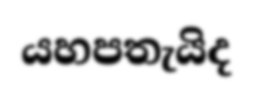
යහපතැයිද